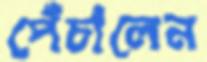
পেঁচালেন